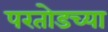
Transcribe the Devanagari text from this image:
परतोडच्या